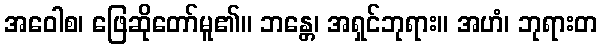
အဝေါစ၊ ဖြေဆိုတော်မူ၏။ ဘန္တေ၊ အရှင်ဘုရား။ အဟံ၊ ဘုရားတ